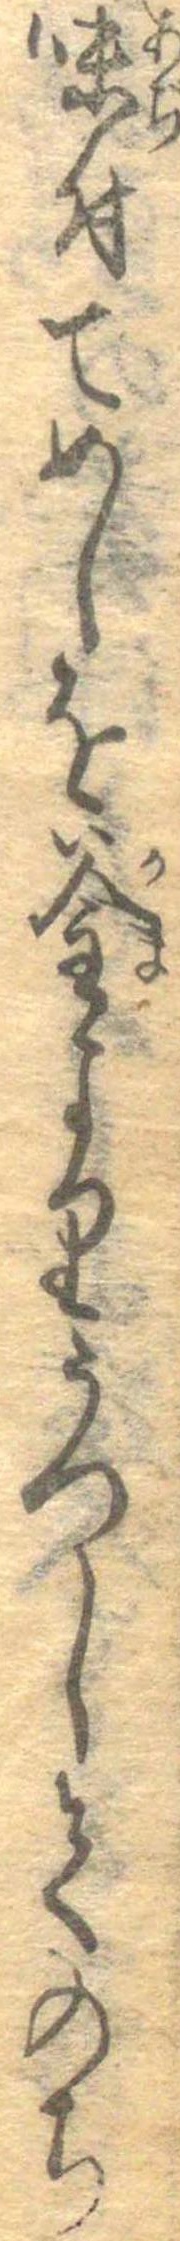
味付てめしを釜よりうつしてのち